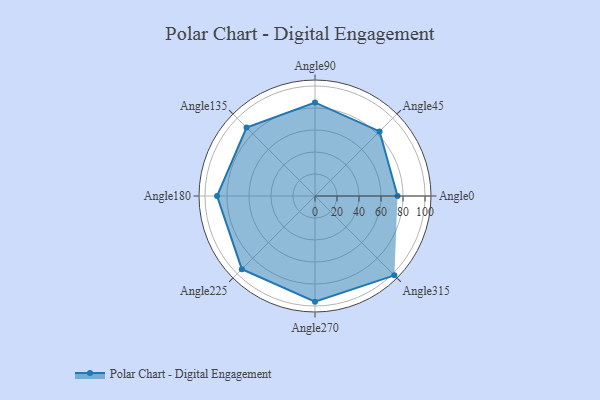
{"axis": {"x": "Angle", "y": "Radius"}, "legend": [""], "data": [{"x": "Angle0", "y": 75.0, "type": ""}, {"x": "Angle45", "y": 83.0, "type": ""}, {"x": "Angle90", "y": 85.0, "type": ""}, {"x": "Angle135", "y": 88.0, "type": ""}, {"x": "Angle180", "y": 89.0, "type": ""}, {"x": "Angle225", "y": 94.0, "type": ""}, {"x": "Angle270", "y": 96.0, "type": ""}, {"x": "Angle315", "y": 102.0, "type": ""}]}